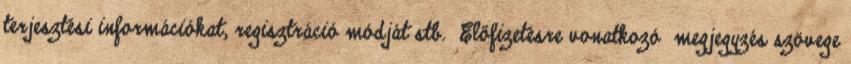
terjesztési információkat, regisztráció módját stb. Előfizetésre vonatkozó megjegyzés szövege